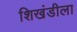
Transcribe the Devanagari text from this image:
शिखंडीला